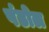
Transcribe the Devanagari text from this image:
पंडोल